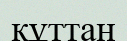
құттан